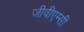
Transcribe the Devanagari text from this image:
जीवीएम्सी